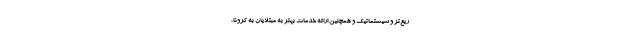
ریع‌تر و سیستماتیک و همچنین ارائه خدمات بهتر به مبتلایان به کرونا،